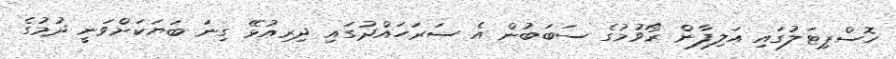
ހޮސްޕިޓަލުގައި އަލިފާން ރޯވުމުގެ ސަބަބުން އެ ސަރަހައްދުގައި ދިރިއުޅޭ ގިނަ ބަޔަކަށްވަނީ ދުމުގެ